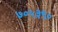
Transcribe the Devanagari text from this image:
७०५३९०